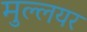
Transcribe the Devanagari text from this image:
मुल्लयर